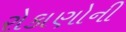
રોકાણોની